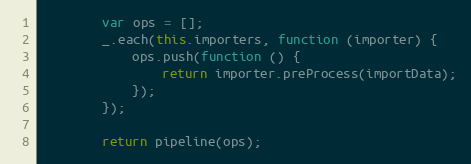
Language: JavaScript
        var ops = [];
        _.each(this.importers, function (importer) {
            ops.push(function () {
                return importer.preProcess(importData);
            });
        });

        return pipeline(ops);